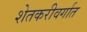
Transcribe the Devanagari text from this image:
शेतकरीवर्गात